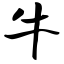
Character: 牛